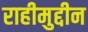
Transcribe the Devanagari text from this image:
राहीमुद्दीन